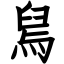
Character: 舃